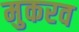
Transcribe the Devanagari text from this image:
मुकरव